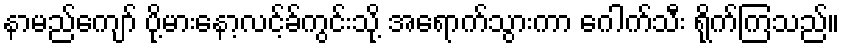
နာမည်ကျော် ပို့မားနော့လင့်ခ်ကွင်းသို့ အရောက်သွားကာ ဂေါက်သီး ရိုက်ကြသည်။